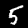
Label: 5